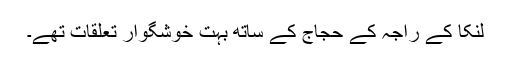
لنکا کے راجہ کے حجاج کے ساتھ بہت خوشگوار تعلقات تھے۔